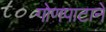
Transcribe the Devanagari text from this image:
गोणपाटाने